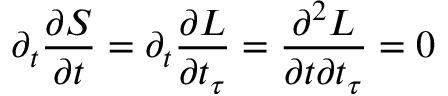
\partial _ { t } \frac { \partial S } { \partial t } = \partial _ { t } \frac { \partial L } { \partial t _ { \tau } } = \frac { \partial ^ { 2 } L } { \partial t \partial t _ { \tau } } = 0